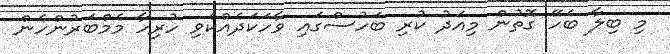
މި ބިލާ ބެހޭ ގޮތުން މިއަދު ކުރި ބަހުސްގައި ވާހަކަދެއްކެވި ހުރިހާ މެމްބަރުންހެން